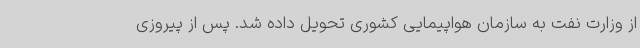
از وزارت نفت به سازمان هواپیمایی کشوری تحویل داده شد. پس از پیروزی